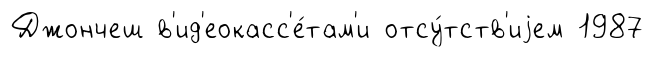
Джончеш в'ид'еокасс'е́там'и отсу́тств'иjем 1987